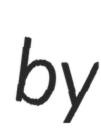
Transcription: by